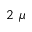
2 ~ \mu